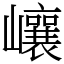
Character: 㠤